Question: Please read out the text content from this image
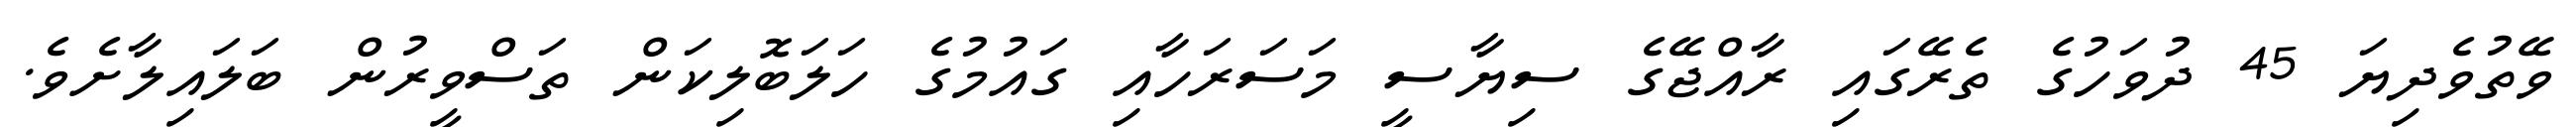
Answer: ވޭތުވެދިޔަ 45 ދުވަހުގެ ތެރޭގައި ރާއްޖޭގެ ސިޔާސީ މަސަރަހާއި ގައުމުގެ ހަލަބޮލިކަން ތަސްވީރުން ބަލައިލާށެވެ.